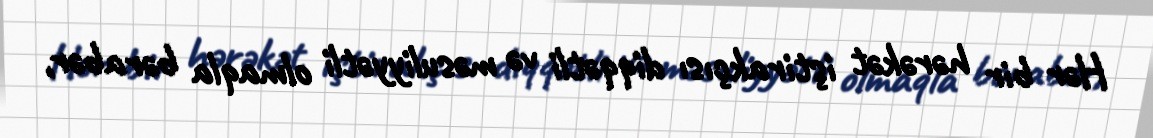
Hər bir hərəkət iştirakçısı diqqətli və məsuliyyətli olmaqla bərabər,